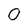
Character: 0